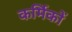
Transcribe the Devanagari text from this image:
कर्मिकाें